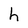
Character: h